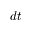
d t